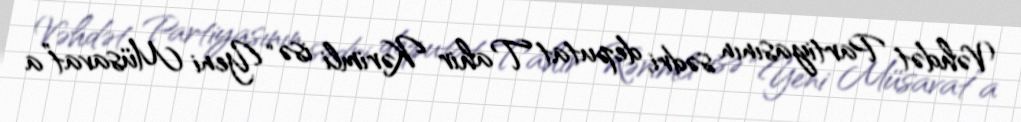
Vəhdət Partiyasının sədri, deputat Tahir Kərimli isə “Yeni Müsavat”a